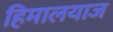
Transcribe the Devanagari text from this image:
हिमालयाज